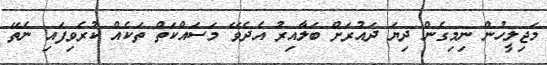
މަޖިލީހުން ނިމިގެން ދިޔަ ދައުރަށް ބަލާއިރު އެދެވޭ މަސައްކަތް ތަކެއް ކުރެވިފައި ނެތޭ